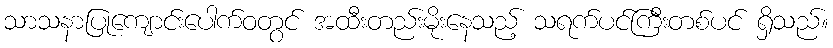
သာသနာပြုကျောင်းပေါက်ဝတွင် အထီးတည်းမိုးနေသည့် သရက်ပင်ကြီးတစ်ပင် ရှိသည်။